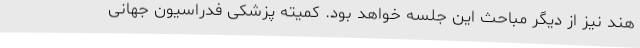
هند نیز از دیگر مباحث این جلسه خواهد بود. کمیته پزشکی فدراسیون جهانی